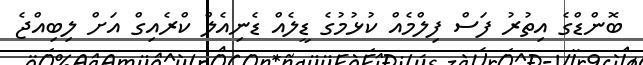
ބޮންޑްގެ އިތުރު ފަސް ފިލްމެއް ކުޅުމުގެ ޑީލެއް ޑެނިއެލް ކްރެއިގް އަށް ލިބިއްޖެ